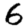
Digit: 6